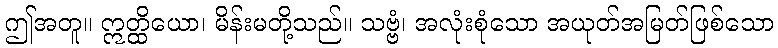
ဤအတူ။ ဣတ္ထိယော၊ မိန်းမတို့သည်။ သဗ္ဗံ၊ အလုံးစုံသော အယုတ်အမြတ်ဖြစ်သော